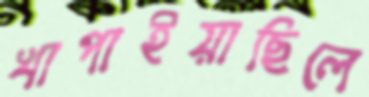
খাপাইয়াছিলে